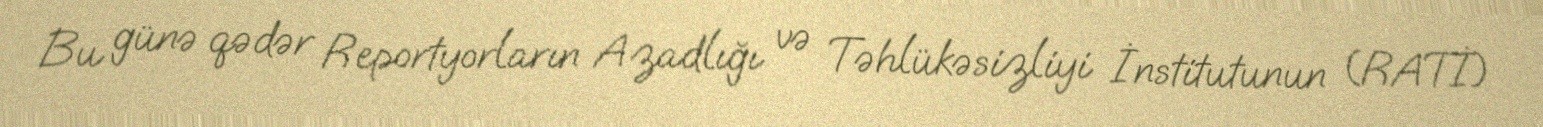
Bu günə qədər Reportyorların Azadlığı və Təhlükəsizliyi İnstitutunun (RATİ)